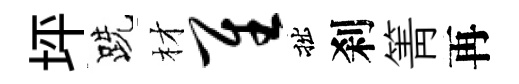
坪跣材隹拙刹箐再